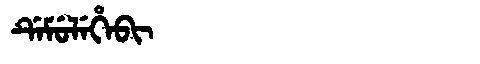
Manchu: ᡩᡝᠮᡠᠯᡝᡥᡝᠪᡳ
Romanization: DEMULEHEBI